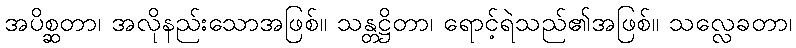
အပိစ္ဆတာ၊ အလိုနည်းသောအဖြစ်။ သန္တဋ္ဌိတာ၊ ရောင့်ရဲသည်၏အဖြစ်။ သလ္လေခတာ၊